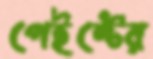
পেইন্টের